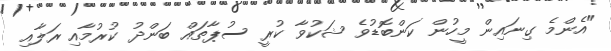
"އެންމެ ގިނައިން މީހުން ކަންބޮޑުވެ ޝަކުވާ ކުރީ ސުޕާތައް ބަންދު ކުރުމާއި ރަލާއި